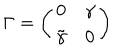
\Gamma = \left( \begin{array} { c c } { { 0 } } & { { \gamma } } \\ { { \tilde { \gamma } } } & { { 0 } } \\ \end{array} \right)